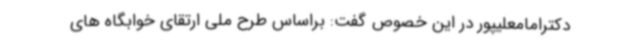
دکترامامعلیپور در این خصوص گفت: براساس طرح ملی ارتقای خوابگاه های